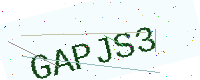
Text: GAPJS3